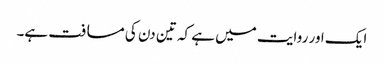
ایک اور روایت میں ہے کہ تین دن کی مسافت ہے۔